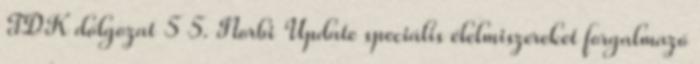
TDK dolgozat 5 5. Norbi Update speciális élelmiszereket forgalmazó